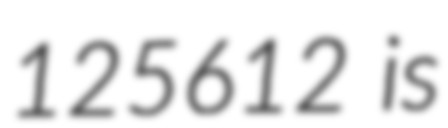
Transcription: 125612 is